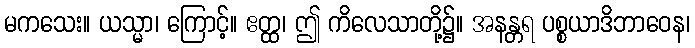
မကသေး။ ယသ္မာ၊ ကြောင့်။ ဧတ္ထ၊ ဤ ကိလေသာတို့၌။ အနန္တရ ပစ္စယာဒိဘာဝေန၊